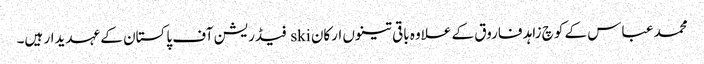
محمد عباس کے کوچ زاہد فاروق کے علاوہ باقی تینوں ارکان ski فیڈریشن آف پاکستان کے عہدیدار ہیں۔